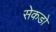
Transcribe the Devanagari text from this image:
सेकडो